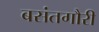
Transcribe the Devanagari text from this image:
बसंतगौरी